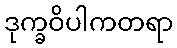
ဒုက္ခဝိပါကတရာ